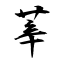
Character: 莘